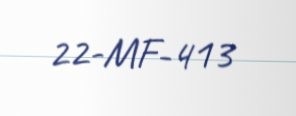
22-MF-413